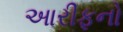
આરીફનો